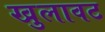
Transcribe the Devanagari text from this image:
खुलावट